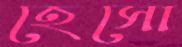
হেসো